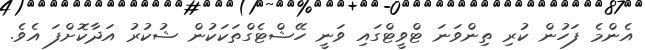
އެންމެ ފަހުން ކުރި ތިންވަނަ ޓްވީޓްގައި ވަނީ ހޭޝްޓެގްތަކަކުން ޝުކުރު އަދާކޮށްފަ އެވެ.